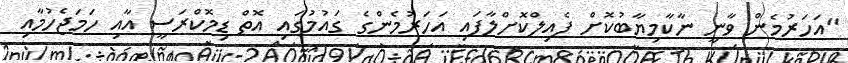
"އަހަރުމެން ވާނީ ނާކާމިޔާބުކޮށް ފެއިލްކޮށްލާފައި އަހަރުމެންގެ ގައުމުގައި އޮތް ޑިމޮކްރަސީ އާއި ހަމަޖެހުމާއި